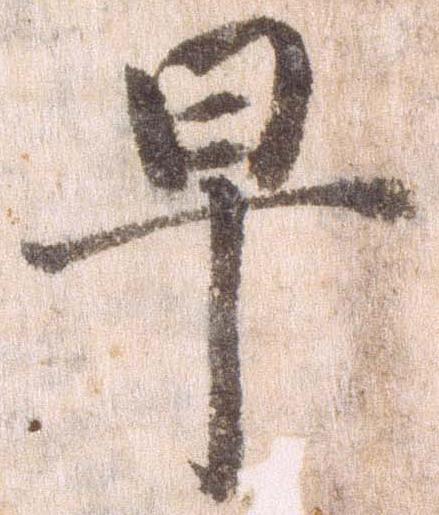
早